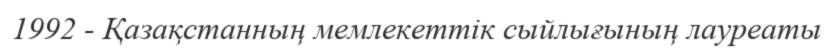
1992 - Қазақстанның мемлекеттік сыйлығының лауреаты